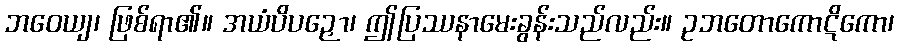
ဘဝေယျ၊ ဖြစ်ရာ၏။ အယံပိပဉှော၊ ဤပြဿနာမေးခွန်းသည်လည်း။ ဥဘတောကောဋိကော၊